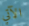
الآتي